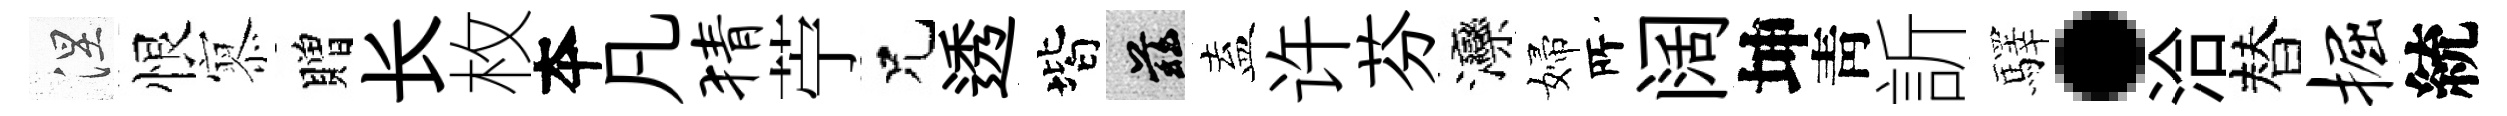
涅恨𡪹贈长枚夲凡猜苧兄透階兹盍许芬灤婦𠩄阔坤靑訢驛·洽替掘統